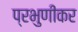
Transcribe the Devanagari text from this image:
प्रभुणीकर